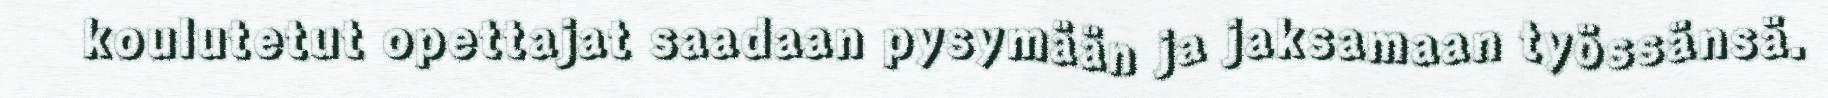
koulutetut opettajat saadaan pysymään ja jaksamaan työssänsä.